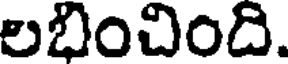
లభించింది.